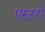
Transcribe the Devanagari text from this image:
एस्टरो